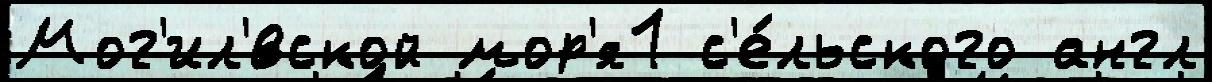
Мог'ил'́вской мор'я1 с'е́льского англ